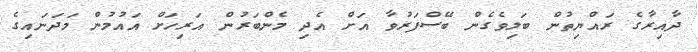
ދާއިރާގެ ރައްޔިތުން ބަލިވެގެން ބޭސްފަރުވާ އަށް އެދި މެންބަރުން އަރިހަށް އައުމުން މަދަނައިގެ